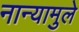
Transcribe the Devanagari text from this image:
नान्यामुले